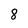
Character: 8